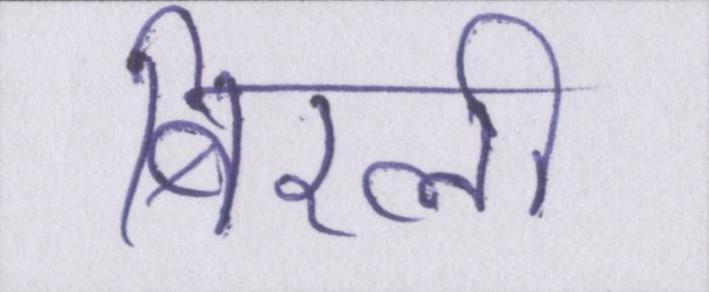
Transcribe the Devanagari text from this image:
बिरली